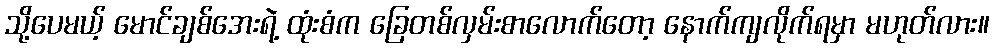
သို့ပေမယ့် မောင်ချစ်အေးရဲ့ ထုံးစံက ခြေတစ်လှမ်းစာလောက်တော့ နောက်ကျလိုက်ရမှာ မဟုတ်လား။